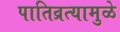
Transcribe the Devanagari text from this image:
पातिव्रत्यामुळे